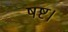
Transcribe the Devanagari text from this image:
षष्ट।